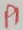
Text: P1